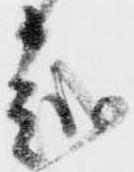
越